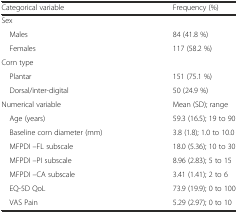
<table><thead><tr><td><b>Categorical variable</b></td><td><b>Frequency (%)</b></td></tr></thead><tbody><tr><td>Sex</td><td>[EMPTY_CELL]</td></tr><tr><td> Males</td><td>84 (41.8 %)</td></tr><tr><td> Females</td><td>117 (58.2 %)</td></tr><tr><td>Corn type</td><td>[EMPTY_CELL]</td></tr><tr><td> Plantar</td><td>151 (75.1 %)</td></tr><tr><td> Dorsal/inter-digital</td><td>50 (24.9 %)</td></tr><tr><td>Numerical variable</td><td>Mean (SD); range</td></tr><tr><td> Age (years)</td><td>59.3 (16.5); 19 to 90</td></tr><tr><td> Baseline corn diameter (mm)</td><td>3.8 (1.8); 1.0 to 10.0</td></tr><tr><td> MFPDI –FL subscale</td><td>18.0 (5.36); 10 to 30</td></tr><tr><td> MFPDI –PI subscale</td><td>8.96 (2.83); 5 to 15</td></tr><tr><td> MFPDI –CA subscale</td><td>3.41 (1.41); 2 to 6</td></tr><tr><td> EQ-5D QoL</td><td>73.9 (19.9); 0 to 100</td></tr><tr><td> VAS Pain</td><td>5.29 (2.97); 0 to 10</td></tr></tbody></table>